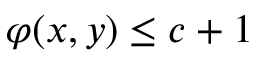
\varphi ( x , y ) \leq c + 1